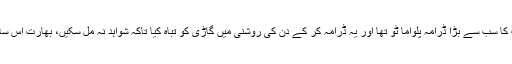
ڈی جی آئی ایس پی آر کا کہنا تھا کہ بھارت کا سب سے بڑا ڈرامہ پلواما ٹو تھا اور یہ ڈرامہ کر کے دن کی روشنی میں گاڑی کو تباہ کیا تاکہ شواہد نہ مل سکیں، بھارت اس ساری کارروائی کے ذریعے سٹیج بنا رہا ہے۔